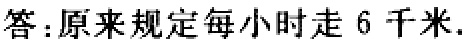
答：原来规定每小时走 6 千米.